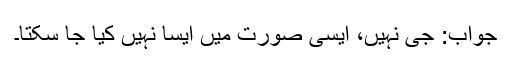
جواب: جی نہیں، ایسی صورت میں ایسا نہیں کیا جا سکتا۔